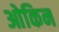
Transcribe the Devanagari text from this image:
ओकिन